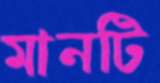
মানটি